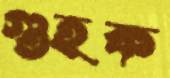
গুহক